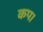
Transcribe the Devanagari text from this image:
कप।